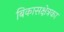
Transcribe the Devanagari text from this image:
बिकासक्षेत्रका